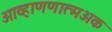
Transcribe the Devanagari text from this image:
आव्हाणणात्मअक